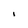
Character: I